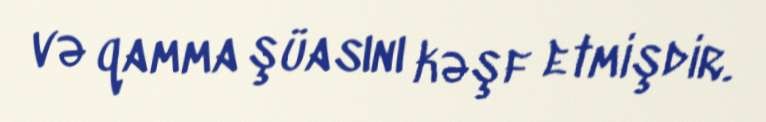
və qamma şüasını kəşf etmişdir.